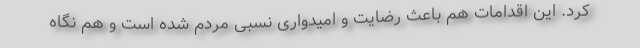
کرد. این اقدامات هم باعث رضایت و امیدواری نسبی مردم شده است و هم نگاه